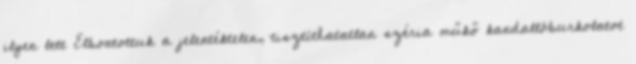
ilyen lett Elbontottuk a jelentéktelen, tisztíthatatlan széria műkő kandallóburkolatot